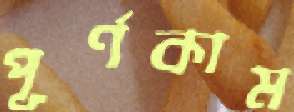
পূর্ণকাম